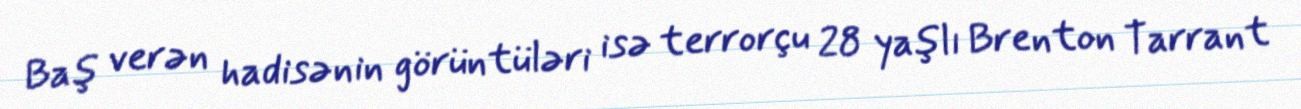
Baş verən hadisənin görüntüləri isə terrorçu 28 yaşlı Brenton Tarrant